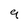
Character: 9